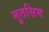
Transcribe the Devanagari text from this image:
मुतसिम